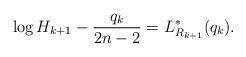
LaTeX: \begin{align*}\log H_{k+1}-\frac{q_{k}}{2n-2}= L_{R_{k+1}}^{\ast}(q_{k}).\end{align*}